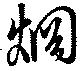
烱